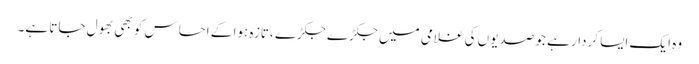
وہ ایک ایسا کردار ہے جو صدیوں کی غلامی میں جکڑے جکڑے ،تازہ ہوا کے احساس کو بھی بھول جاتا ہے۔